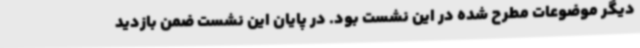
دیگر موضوعات مطرح شده در این نشست بود. در پایان این نشست ضمن بازدید